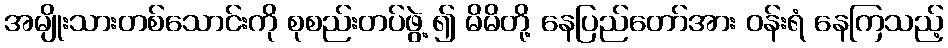
အမျိုးသားတစ်သောင်းကို စုစည်းတပ်ဖွဲ့ ၍ မိမိတို့ နေပြည်တော်အား ဝန်းရံ နေကြသည့်